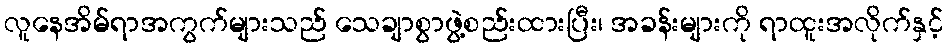
လူနေအိမ်ရာအကွက်များသည် သေချာစွာဖွဲ့စည်းထားပြီး၊ အခန်းများကို ရာထူးအလိုက်နှင့်